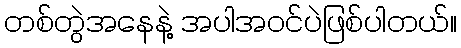
တစ်တွဲအနေနဲ့ အပါအဝင်ပဲဖြစ်ပါတယ်။